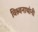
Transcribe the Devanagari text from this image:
विश्र्वनाथांनी